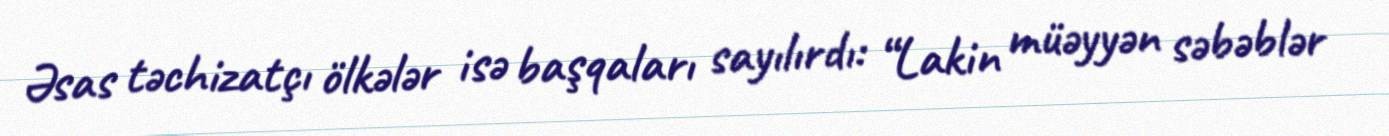
Əsas təchizatçı ölkələr isə başqaları sayılırdı: “Lakin müəyyən səbəblər